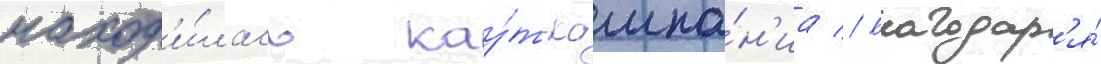
наход'и́лась кау́т-кампа́н'иа // Благодар'я́